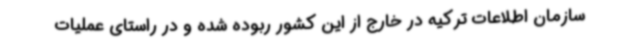
سازمان اطلاعات ترکیه در خارج از این کشور ربوده شده و در راستای عملیات